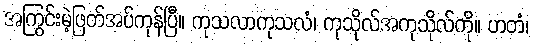
အကြွင်းမဲ့ဖြတ်အပ်ကုန်ပြီ။ ကုသလာကုသလံ၊ ကုသိုလ်အကုသိုလ်ကို။ ဟတံ၊